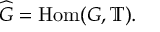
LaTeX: { \widehat { G } } = { \mathrm { H o m } } ( G , \mathbb { T } ) .